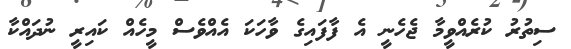
ސިތުރު ކުރެއްވީމާ ޖެހެނީ އެ ފާފައިގެ ވާހަކަ އެއްވެސް މީހެއް ކައިރީ ނުދައްކާ